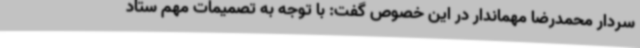
سردار محمدرضا مهماندار در این خصوص گفت: با توجه به تصمیمات مهم ستاد